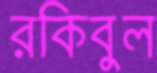
রকিবুল